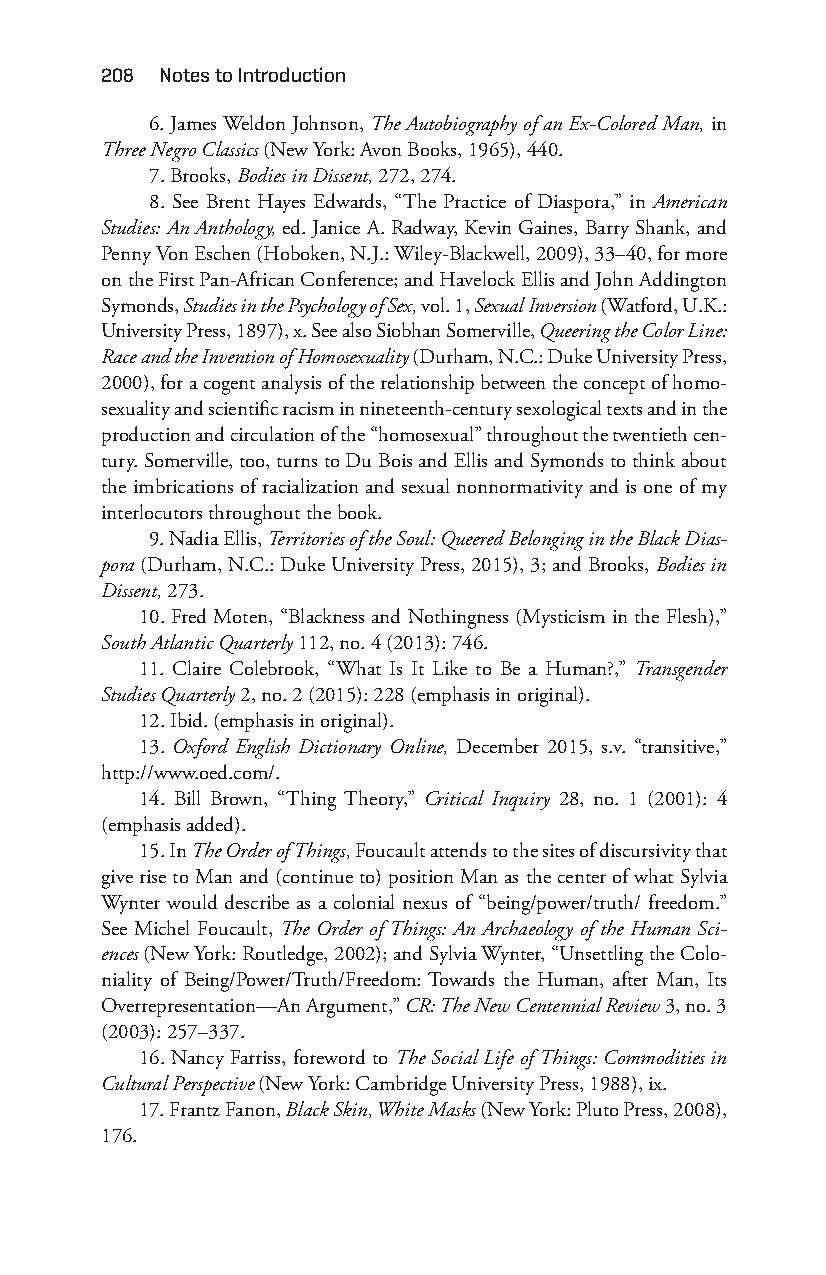
208 notes to introduction
 6. James Weldon Johnson, The Autobiography of an Ex- Colored Man, in
 Three Negro Classics (New York: Avon Books, 1965), 440.
 7. Brooks, Bodies in Dissent, 272, 274.
 8. See Brent Hayes Edwards, “The Practice of Diaspora,” in American
 Studies: An Anthology, ed. Janice A. Radway, Kevin Gaines, Barry Shank, and
 Penny Von Eschen (Hoboken, N.J.: Wiley- Blackwell, 2009), 33– 40, for more
 on the First Pan- African Conference; and Havelock Ellis and John Addington
 Symonds, Studies in the Psychology of Sex, vol. 1, Sexual Inversion (Watford, U.K.:
 University Press, 1897), x. See also Siobhan Somerville, Queering the Color Line:
 Race and the Invention of Homosexuality (Durham, N.C.: Duke University Press,
 2000), for a cogent analysis of the relationship between the concept of homo-
 sexuality and scientific racism in nineteenth-c entury sexological texts and in the
 production and circulation of the “homosexual” throughout the twentieth cen-
 tury. Somerville, too, turns to Du Bois and Ellis and Symonds to think about
 the imbrications of racialization and sexual nonnormativity and is one of my
 interlocutors throughout the book.
 9. Nadia Ellis, Territories of the Soul: Queered Belonging in the Black Dias-
 pora (Durham, N.C.: Duke University Press, 2015), 3; and Brooks, Bodies in
 Dissent, 273.
 10. Fred Moten, “Blackness and Nothingness (Mysticism in the Flesh),”
 South Atlantic Quarterly 112, no. 4 (2013): 746.
 11. Claire Colebrook, “What Is It Like to Be a Human?,” Transgender
 Studies Quarterly 2, no. 2 (2015): 228 (emphasis in original).
 12. Ibid. (emphasis in original).
 13. Oxford English Dictionary Online, December 2015, s.v. “transitive,”
 http://www.oed.com/.
 14. Bill Brown, “Thing Theory,” Critical Inquiry 28, no. 1 (2001): 4
 (emphasis added).
 15. In The Order of Things, Foucault attends to the sites of discursivity that
 give rise to Man and (continue to) position Man as the center of what Sylvia
 Wynter would describe as a colonial nexus of “being/power/truth/ freedom.”
 See Michel Foucault, The Order of Things: An Archaeology of the Human Sci-
 ences (New York: Routledge, 2002); and Sylvia Wynter, “Unsettling the Colo-
 niality of Being/Power/Truth/Freedom: Towards the Human, after Man, Its
 Overrepresentation— An Argument,” CR: The New Centennial Review 3, no. 3
 (2003): 257– 337.
 16. Nancy Farriss, foreword to The Social Life of Things: Commodities in
 Cultural Perspective (New York: Cambridge University Press, 1988), ix.
 17. Frantz Fanon, Black Skin, White Masks (New York: Pluto Press, 2008),
 176.
 Snorton.indd 208                            29/09/2017 8:41:11 AM